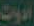
ادوات